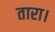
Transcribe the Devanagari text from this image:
तारा।